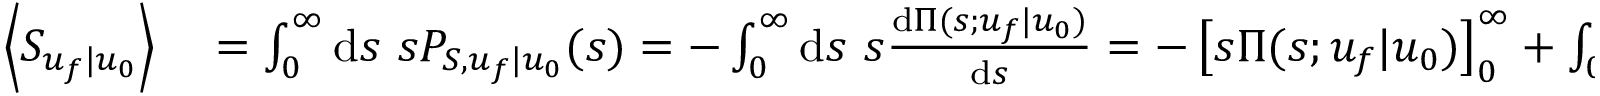
\begin{array} { r l } { \left\langle S _ { u _ { f } | u _ { 0 } } \right\rangle } & { { } = \int _ { 0 } ^ { \infty } \mathrm { d } s \ s P _ { S , u _ { f } | u _ { 0 } } ( s ) = - \int _ { 0 } ^ { \infty } \mathrm { d } s \ s \frac { \mathrm { d } \Pi ( s ; u _ { f } | u _ { 0 } ) } { \mathrm { d } s } = - \left[ s \Pi ( s ; u _ { f } | u _ { 0 } ) \right] _ { 0 } ^ { \infty } + \int _ { 0 } ^ { \infty } \mathrm { d } s \ \Pi ( s ; u _ { f } | u _ { 0 } ) = } \end{array}